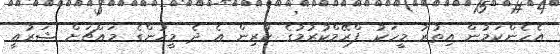
އެހެންކަމުން އިތުރު މީހަކު ފްރޭމްކުރުމުގެ ކުރިން އެ ދެ މީހުންގެ މައްޗަށް ޝަރުއީ